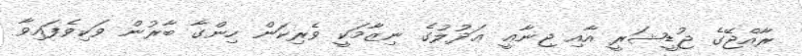
ރާއްޖޭގެ ޖުޑީޝަރީ އާއި ޖިނާޢީ ޢަދުލުގެ ނިޒާމަކީ ވެރިކަން ހިންގާ ބާރުން ވަކިވެފައިވާ